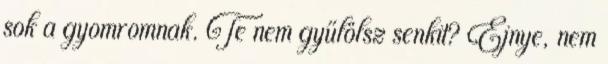
sok a gyomromnak. Te nem gyűlölsz senkit? Ejnye, nem